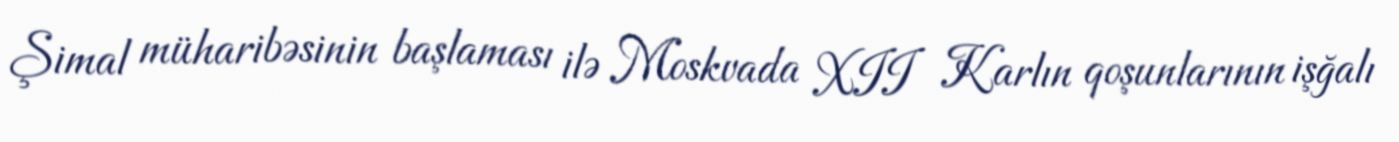
Şimal müharibəsinin başlaması ilə Moskvada XII Karlın qoşunlarının işğalı